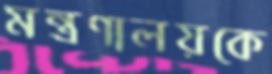
মন্ত্রণালয়কে